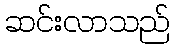
ဆင်းလာသည်